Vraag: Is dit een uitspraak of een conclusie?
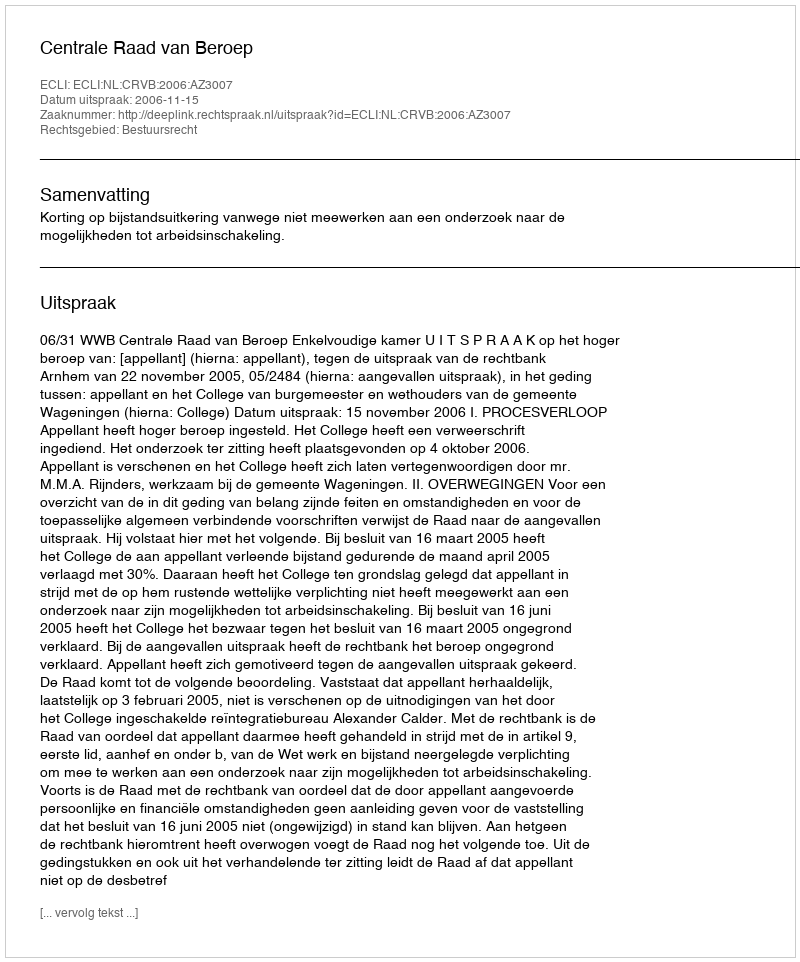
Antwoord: Uitspraak